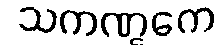
သကဏ္ဋကေ